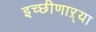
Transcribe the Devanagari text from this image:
इच्छीणाऱ्या